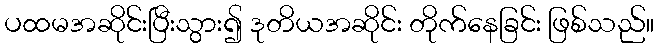
ပထမအဆိုင်းပြီးသွား၍ ဒုတိယအဆိုင်း တိုက်နေခြင်း ဖြစ်သည်။